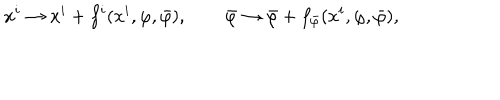
LaTeX: x ^ { i } \to x ^ { i } + f ^ { i } ( x ^ { i } , \varphi , \bar { \varphi } ) , \qquad \bar { \varphi } \to \bar { \varphi } + f _ { \bar { \varphi } } ( x ^ { i } , \varphi , \bar { \varphi } ) ,